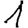
Digit: 1